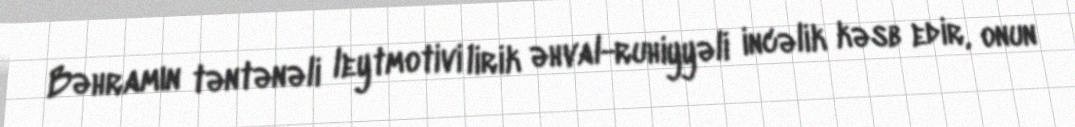
Bəhramın təntənəli leytmotivi lirik əhval-ruhiyyəli incəlik kəsb edir, onun